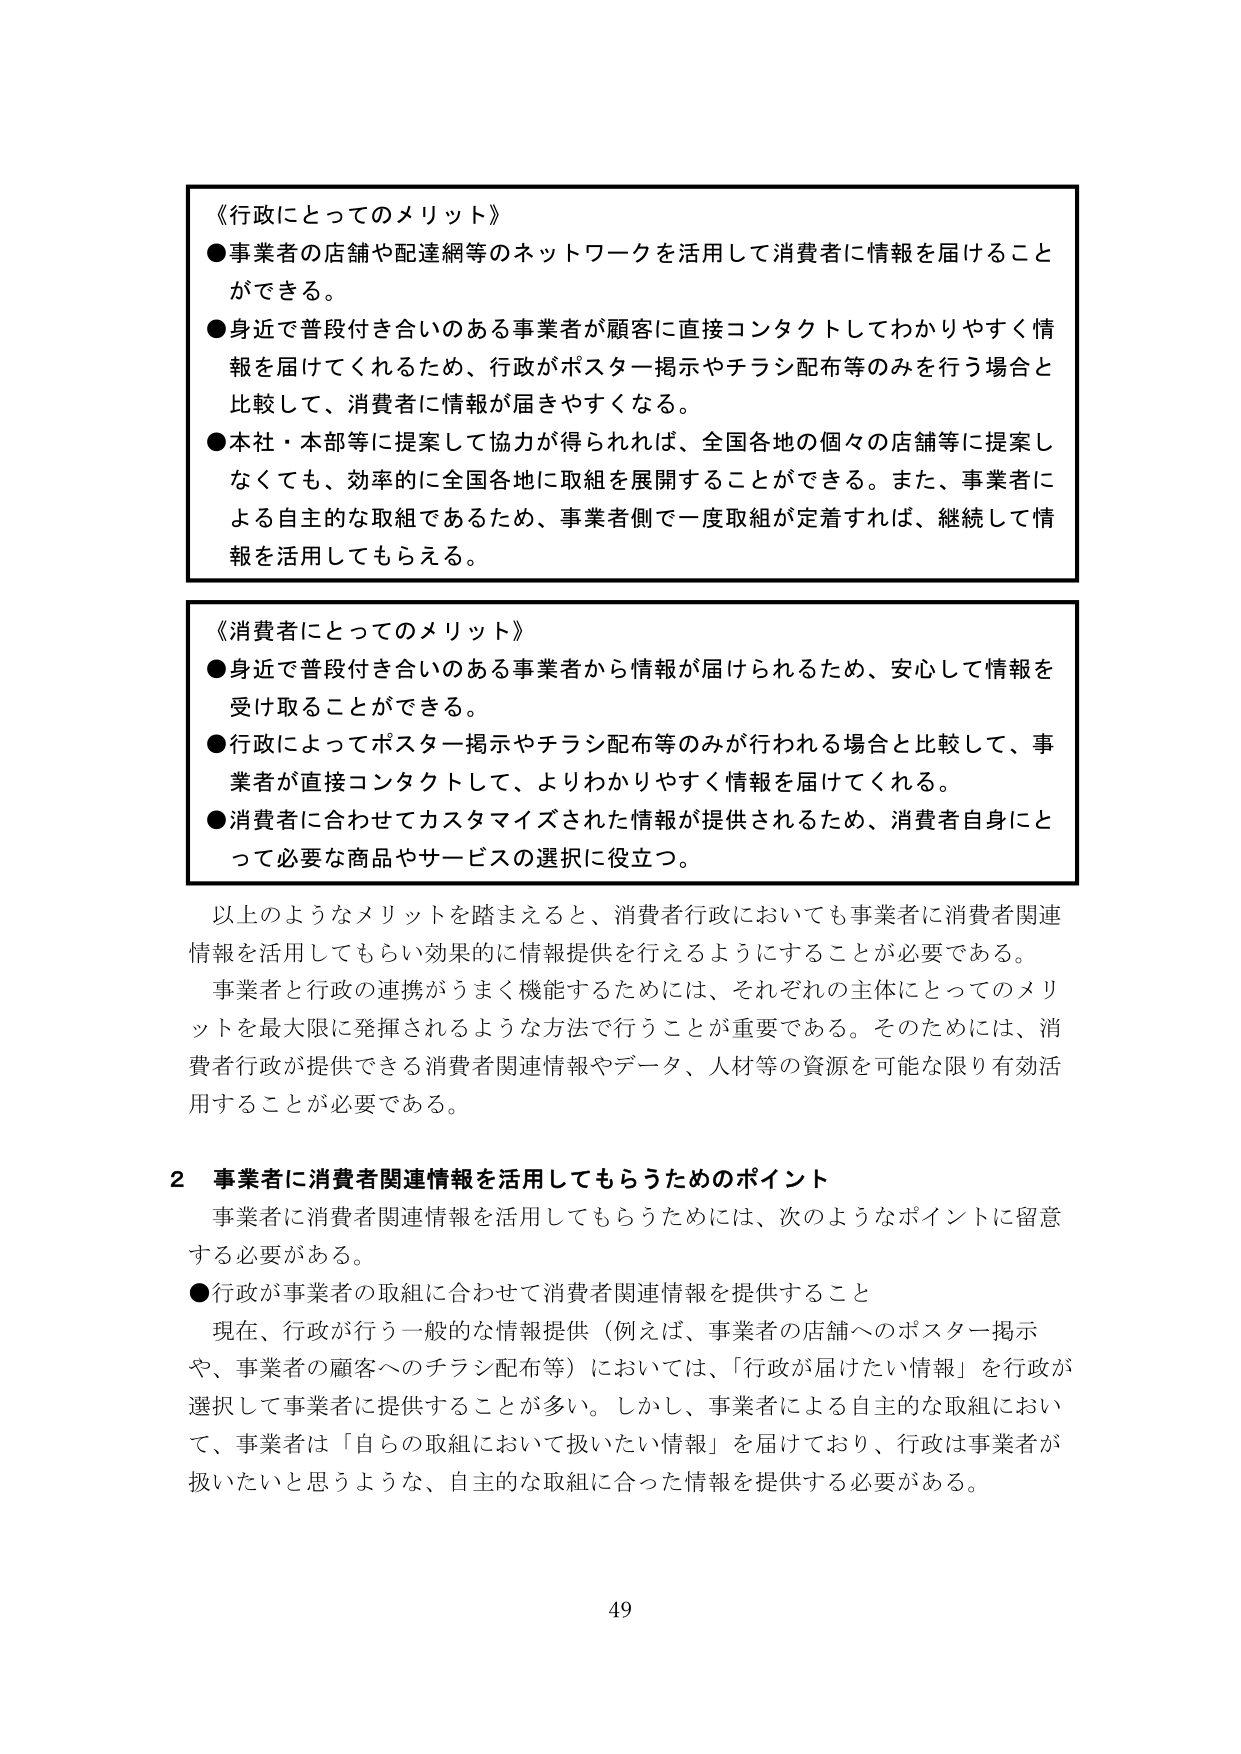
《行政にとってのメリット》
●事業者の店舗や配達網等のネットワークを活用して消費者に情報を届けることができる。
●身近で普段付き合いのある事業者が顧客に直接コンタクトしてわかりやすく情報を届けてくれるため、行政がポスター掲示やチラシ配布等のみを行う場合と比較して、消費者に情報が届きやすくなる。
●本社・本部等に提案して協力が得られれば、全国各地の個々の店舗等に提案しなくても、効率的に全国各地に取組を展開することができる。また、事業者による自主的な取組であるため、事業者側で一度取組が定着すれば、継続して情報を活用してもらえる。

《消費者にとってのメリット》
●身近で普段付き合いのある事業者から情報が届けられるため、安心して情報を受け取ることができる。
●行政によってポスター掲示やチラシ配布等のみが行われる場合と比較して、事業者が直接コンタクトして、よりわかりやすく情報を届けてくれる。
●消費者に合わせてカスタマイズされた情報が提供されるため、消費者自身にとって必要な商品やサービスの選択に役立つ。

以上のようなメリットを踏まえると、消費者行政においても事業者に消費者関連情報を活用してもらい効果的に情報提供を行えるようにすることが必要である。
事業者と行政の連携がうまく機能するためには、それぞれの主体にとってのメリットを最大限に発揮されるような方法で行うことが重要である。そのためには、消費者行政が提供できる消費者関連情報やデータ、人材等の資源を可能な限り有効活用することが必要である。

2 事業者に消費者関連情報を活用してもらうためのポイント
事業者に消費者関連情報を活用してもらうためには、次のようなポイントに留意する必要がある。
●行政が事業者の取組に合わせて消費者関連情報を提供すること
現在、行政が行う一般的な情報提供（例えば、事業者の店舗へのポスター掲示や、事業者の顧客へのチラシ配布等）においては、「行政が届けたい情報」を行政が選択して事業者に提供することが多い。しかし、事業者による自主的な取組において、事業者は「自らの取組において扱いたい情報」を届けており、行政は事業者が扱いたいと思うような、自主的な取組に合った情報を提供する必要がある。

49